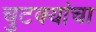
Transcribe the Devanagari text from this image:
चुटक्यांचा